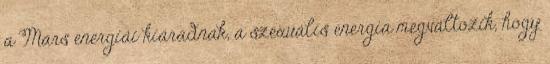
a Mars energiái kiáradnak, a szexuális energia megváltozik, hogy